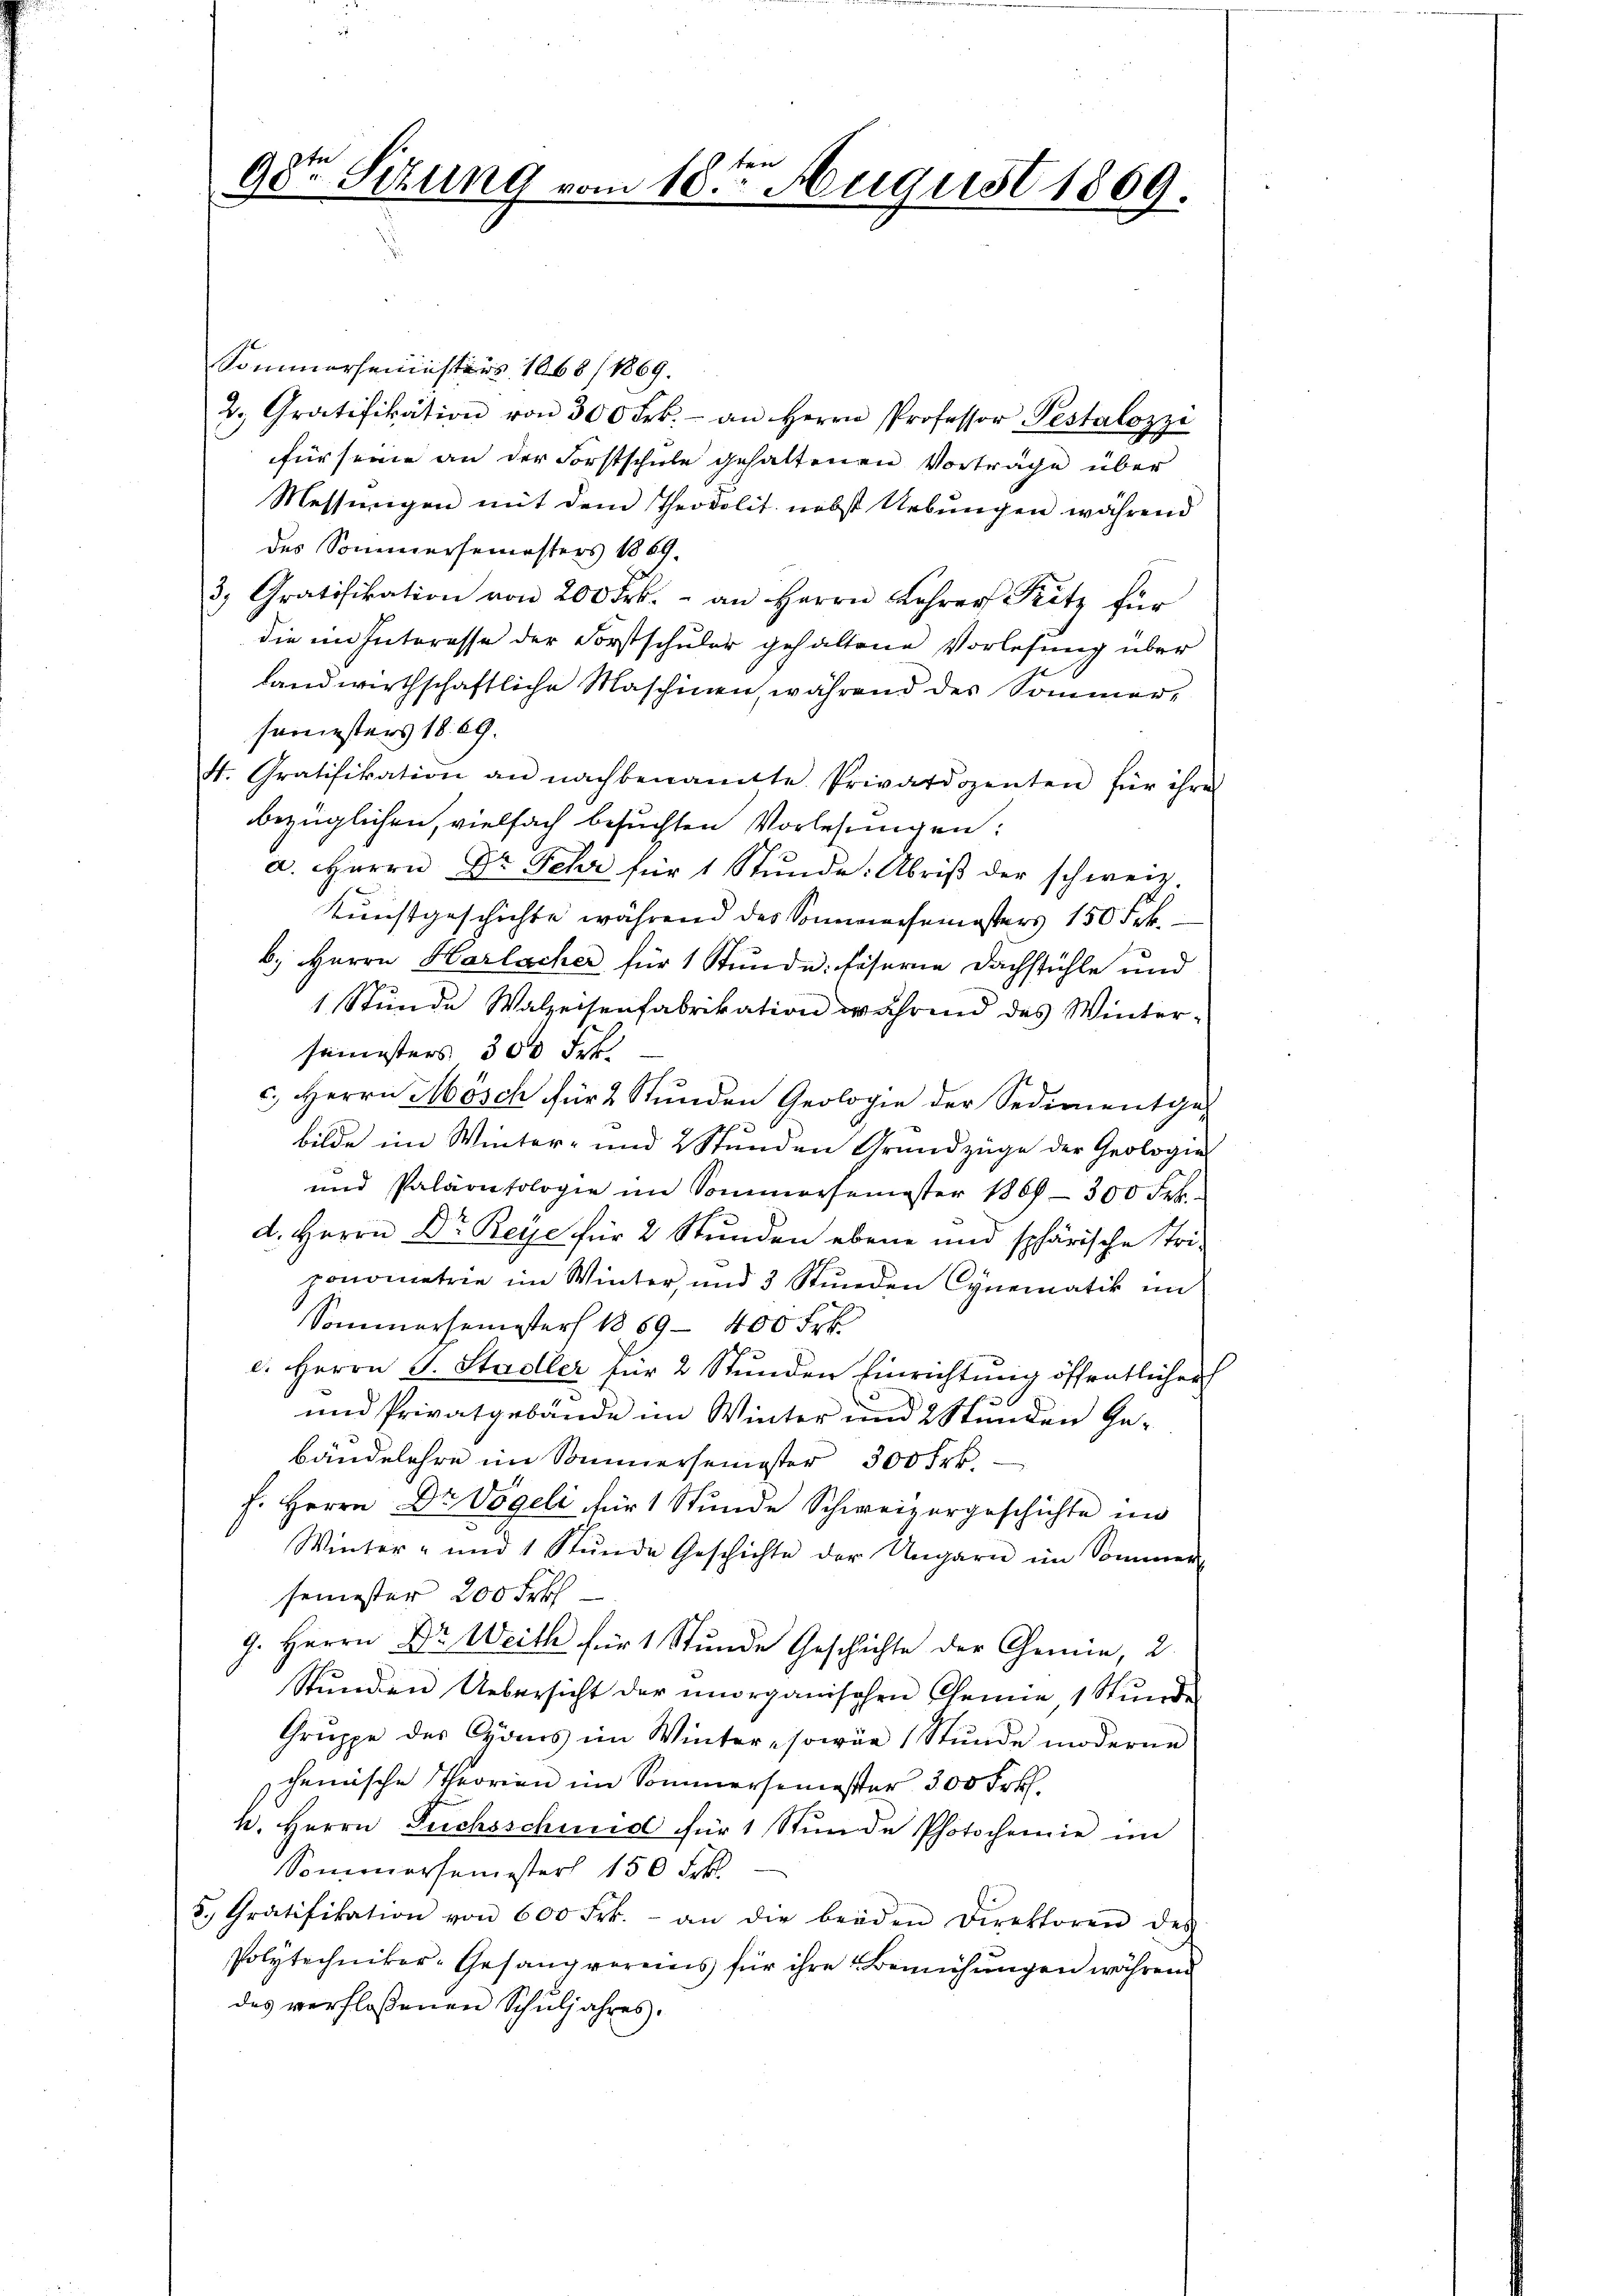
e
90- Sizung vom 18ten August 1869.

Sommerseninsters 1868/1869.
2. Gratifikation von 300 Frk. - an Herrn Professor Pestalozzi
für seine an der Forstschule gehaltenen Vorträge über
Messungen mit dem Theodolit. nebst Uebungen während
des Sommersemesters 1869.
3, Gratifikation von 200 Frk. - an Herrn Lehrer Kitz für
die im Interesse der Forstschuler gehaltene Vorlesung über
landwirthschaftliche Maschinen, während des Sommer-
semesters 1869.
. Gratifikation an nachbenannte Privatdozenten für ihre
bezüglichen, vielfach besuchten Vorlesungen:
a. Herrn Dr Fehr für 1 Stŭnde: Abris der schweiz.
Kunstgeschichte während des Sonnersemesters 150 Frk.
b. Herrn Harlacher für 1 Stunde. Faserne Dachstühle und
1 Stunde Walzeisenfabrikation während des Wintersemesters 300 Frk.
c.) Herrn Mösch für 2 Stunden Geologie der Sedimentge-
bilde im Winter- und 2 Stunden Grundzüge der Geologie
und Paläontologie im Sommersemester 1869 - 300 Frk.
d. Herrn Dr. Reye für 2 Stunden ebene und sphärische Tri-
ponometrie im Winter und 3 Stunden Cynematik im
Sommersemester 1889 - 400 Frk.
l. Herrn J. Stadler für 2 Stunden Einrichtung öffentlicher
und Privatgebäude im Winter und 2 Stunden Gebändelehre im Sommersemester 300 Frk.
h. Herrn Dr Vögeli für 1 Stunde Schweizergeschichte in
Winter- und 1 Stŭnde Geschichte der Ungarn im Sommer-
semester 200 Frk
J. Herrn Dr. Weith für 1 Stunde Geschichte der Chemie 2.
Stŭnden Uebersicht der unorganischen Chemie 1 Stŭnde
Gruppe des Cons im Winter-sowär (Stunde moderne
chemische Theorien im Sommersemester 300 Frk.
h. Herrn Suchsscheid für 1 Stunde Photochemie im
Sommersemester 150 Frk.
5. Gratifikation von 600 Frk. an die beiden Direktoren des
Polytechniker-Gesangvereins für ihre Bemühungen während
des verflossenen Schuljahres.